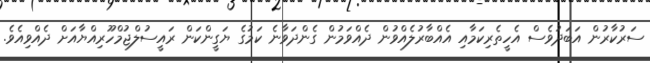
ސަރުކާރުން އަބަދުވެސް އެހީތެރިކަމާއި އެއްބާރުލެއްވުން ދެއްވަމުން ގެންދަވާނެ ކަމުގެ ޔަގީންކަން ރައީސުލްޖުމްހޫރިއްޔާއަށް ދެއްވިއެވެ.